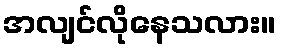
အလျင်လိုနေသလား။